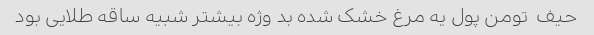
حیف  تومن پول یه مرغ خشک شده بد وژه بیشتر شبیه ساقه طلایی بود